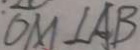
O M \bot A B